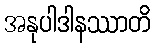
အနုပါဒါနဿာတိ